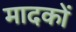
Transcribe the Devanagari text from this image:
मादकों